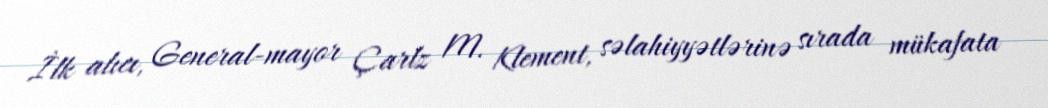
İlk alıcı, General-mayor Çarlz M. Klement, səlahiyyətlərinə sırada mükafata